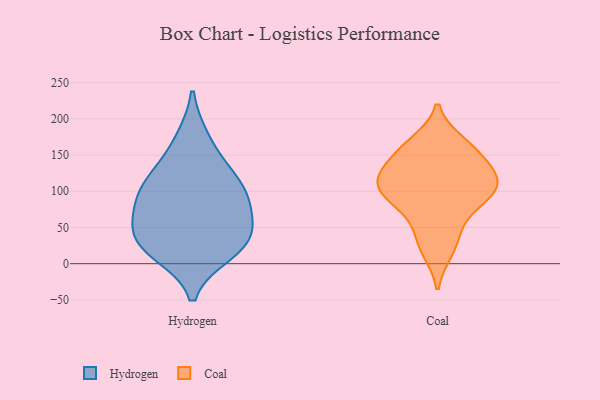
{"axis": {"x": "LTV (USD)", "y": "Value"}, "legend": ["Coal", "Hydrogen"], "data": [{"x": "", "y": 31, "type": "Hydrogen"}, {"x": "", "y": 16, "type": "Hydrogen"}, {"x": "", "y": 120, "type": "Hydrogen"}, {"x": "", "y": 118, "type": "Hydrogen"}, {"x": "", "y": 72, "type": "Hydrogen"}, {"x": "", "y": 30, "type": "Hydrogen"}, {"x": "", "y": 36, "type": "Hydrogen"}, {"x": "", "y": 171, "type": "Hydrogen"}, {"x": "", "y": 79, "type": "Hydrogen"}, {"x": "", "y": 94, "type": "Hydrogen"}, {"x": "", "y": 167, "type": "Coal"}, {"x": "", "y": 91, "type": "Coal"}, {"x": "", "y": 18, "type": "Coal"}, {"x": "", "y": 111, "type": "Coal"}, {"x": "", "y": 41, "type": "Coal"}, {"x": "", "y": 149, "type": "Coal"}, {"x": "", "y": 117, "type": "Coal"}, {"x": "", "y": 98, "type": "Coal"}, {"x": "", "y": 110, "type": "Coal"}, {"x": "", "y": 127, "type": "Coal"}, {"x": "", "y": 158, "type": "Coal"}, {"x": "", "y": 74, "type": "Coal"}]}